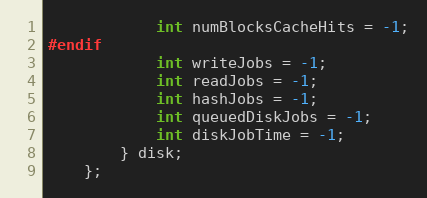
Language: C
            int numBlocksCacheHits = -1;
#endif
            int writeJobs = -1;
            int readJobs = -1;
            int hashJobs = -1;
            int queuedDiskJobs = -1;
            int diskJobTime = -1;
        } disk;
    };